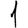
Digit: 1